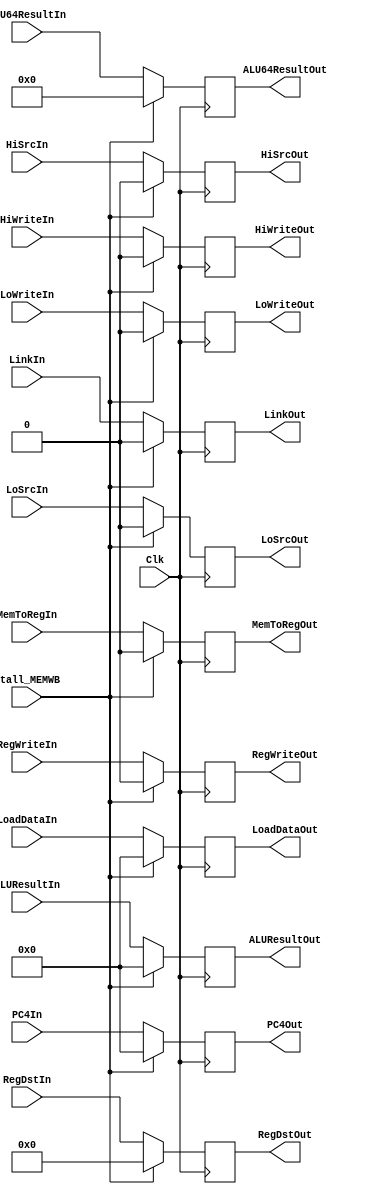
`timescale 1ns / 1ps
//////////////////////////////////////////////////////////////////////////////////
// Company: 
// Engineer: 
// 
// Design Name: 
// Module Name: Mem_WB_Reg
// Project Name: 
// Target Devices: 
// Tool Versions: 
// Description: 
// 
// Dependencies: 
// 
// Revision:
// Revision 0.01 - File Created
// Additional Comments:
// 
//////////////////////////////////////////////////////////////////////////////////


module MEMWB_Reg(
    MemToRegIn, LoadDataIn, ALUResultIn, RegWriteIn,
    ALU64ResultIn,HiSrcIn,LoSrcIn,LinkIn,RegDstIn, PC4In,
    MemToRegOut, LoadDataOut, ALUResultOut, RegWriteOut,
    ALU64ResultOut,HiSrcOut,LoSrcOut,LinkOut,RegDstOut, PC4Out,
    HiWriteIn, LoWriteIn,
    HiWriteOut,LoWriteOut,
    //Clock
    Clk, stall_MEMWB
    );
    //Inputs
    input[31:0] LoadDataIn,ALUResultIn, PC4In;
    input[63:0] ALU64ResultIn;
    input MemToRegIn,RegWriteIn,HiSrcIn,LoSrcIn,LinkIn, stall_MEMWB;
    input [4:0] RegDstIn;
    input Clk;
    input HiWriteIn, LoWriteIn;
    //Outputs
    output reg[31:0] LoadDataOut,ALUResultOut, PC4Out;
    output reg [63:0] ALU64ResultOut;
    output reg MemToRegOut,RegWriteOut,HiSrcOut,LoSrcOut,LinkOut;
    output reg [4:0] RegDstOut;
    output reg HiWriteOut, LoWriteOut;
    //Memory declarations
    reg[31:0] LoadData, ALUResult, PC4;
    reg[63:0] ALU64Result;
    reg MemToReg,RegWrite,HiSrc,LoSrc,Link;
    reg [4:0] RegDst;
    reg HiWrite, LoWrite;
    
    //Initial state with noops
    initial begin
    LoadData <= 0; //Comes from stage 4
    ALUResult <= 0; //Comes from stage 3, goes thru 4
    PC4 <= 0; //Comes from stage 2, goes thru 3 and 4
    ALU64Result <= 0; //Comes from stage 3, goes thru 4
    MemToReg <= 0; //Comes from stage 2, goes thru 3 and 4
    RegWrite <= 0; //Comes from stage 2, goes thru 3 and 4
    HiSrc <= 0; //Comes from stage 2, goes thru 3 and 4
    LoSrc <= 0; //Comes from stage 2, goes thru 3 and 4
    Link <= 0; //Comes from stage 2, goes thru 3 and 4
    RegDst <= 0; //Comes from stage 2, goes thru 3 and 4
    HiWrite <= 0;
    LoWrite <= 0;
    
    end
    //Write declarations: we will UPDATE at posedge, and output any time
    always @(posedge Clk) begin 
        if (stall_MEMWB == 0) begin 
            LoadData <= LoadDataIn; //Comes from stage 4
            ALUResult <= ALUResultIn; //Comes from stage 3, goes thru 4
            PC4 <= PC4In; //Comes from stage 2, goes thru 3 and 4
            ALU64Result <= ALU64ResultIn; //Comes from stage 3, goes thru 4
            MemToReg <= MemToRegIn; //Comes from stage 2, goes thru 3 and 4
            RegWrite <= RegWriteIn; //Comes from stage 2, goes thru 3 and 4
            HiSrc <= HiSrcIn; //Comes from stage 2, goes thru 3 and 4
            LoSrc <= LoSrcIn; //Comes from stage 2, goes thru 3 and 4
            Link <= LinkIn; //Comes from stage 2, goes thru 3 and 4
            RegDst <= RegDstIn; //Comes from stage 2, goes thru 3 and 4
            HiWrite <= HiWriteIn;
            LoWrite <= LoWriteIn;
        end
        else begin
            LoadData <= 0; //Comes from stage 4
            ALUResult <= 0; //Comes from stage 3, goes thru 4
            PC4 <= 0; //Comes from stage 2, goes thru 3 and 4
            ALU64Result <= 0; //Comes from stage 3, goes thru 4
            MemToReg <= 0; //Comes from stage 2, goes thru 3 and 4
            RegWrite <= 0; //Comes from stage 2, goes thru 3 and 4
            HiSrc <= 0; //Comes from stage 2, goes thru 3 and 4
            LoSrc <= 0; //Comes from stage 2, goes thru 3 and 4
            Link <= 0; //Comes from stage 2, goes thru 3 and 4
            RegDst <= 0; //Comes from stage 2, goes thru 3 and 4
            HiWrite <= 0;
            LoWrite <= 0;
        end
    end 
    //Read declarations: we will OUTPUT whenever, but only update at posedge
    always @(*) begin
    LoadDataOut <= LoadData; //Used when loading
    ALUResultOut <= ALUResult; //Used when storing ALU Result into register
    PC4Out <= PC4; //Goes as possible input to $Ra
    ALU64ResultOut <= ALU64Result; //Used for special HiLo operations
    MemToRegOut <= MemToReg; //Chooses between ALUResult and LoadData
    RegWriteOut <= RegWrite; //Control signal for writing to register
    HiSrcOut <= HiSrc; //Chooses source for Hi input between ALU64Result and ALUResult
    LoSrcOut <= LoSrc; //Chooses source for lo input between ALU64Result and ALUResult
    LinkOut <= Link; //Chooses write data between ALU64Result and PC + 4
    RegDstOut <= RegDst; //Chooses register to store results in
    HiWriteOut <= HiWrite;
    LoWriteOut <= LoWrite;
    end
endmodule